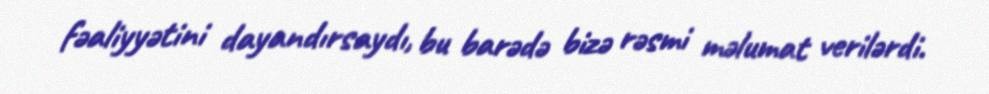
fəaliyyətini dayandırsaydı, bu barədə bizə rəsmi məlumat verilərdi.